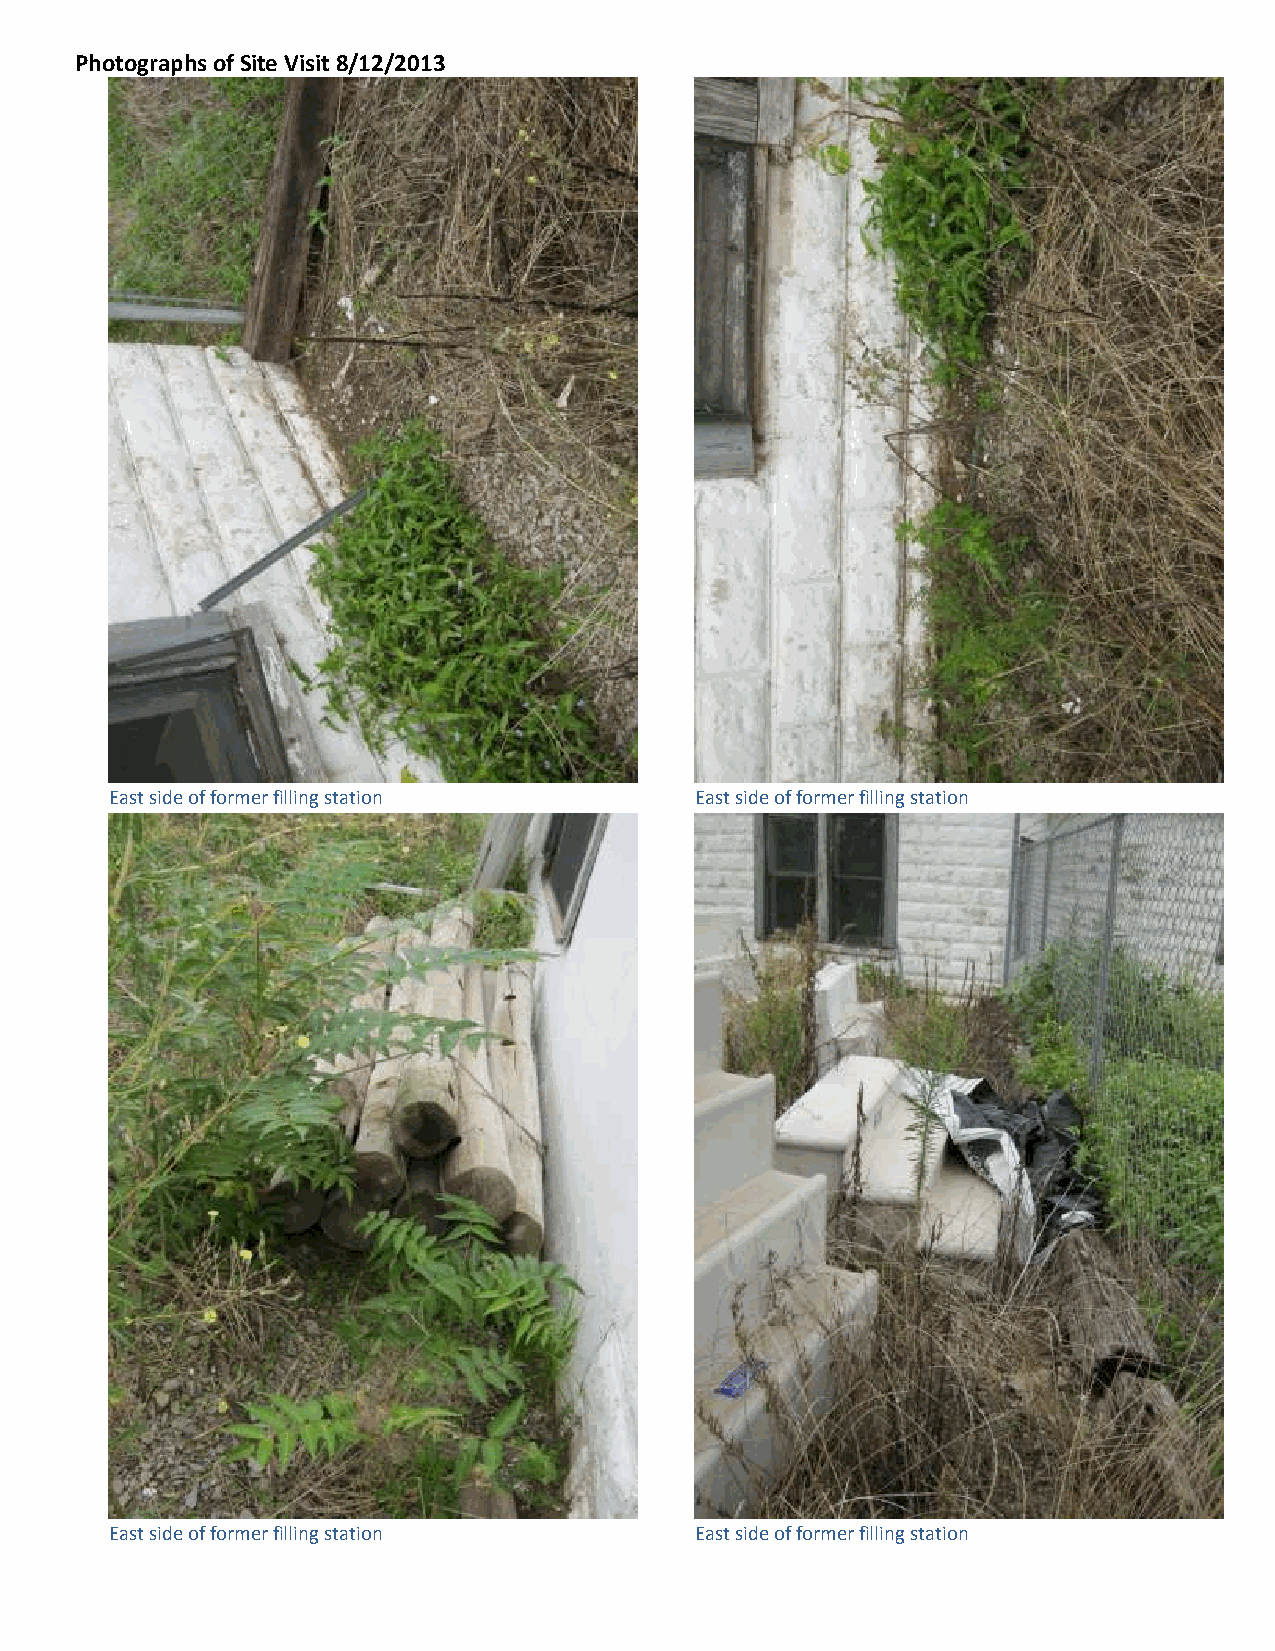
Photographs of Site Visit 8/12/2013
 East side of former filling station    East side of former filling station
 East side of former filling station    East side of former filling station